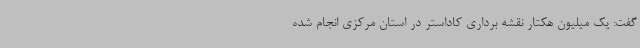
گفت: یک میلیون هکتار نقشه برداری کاداستر در استان مرکزی انجام شده